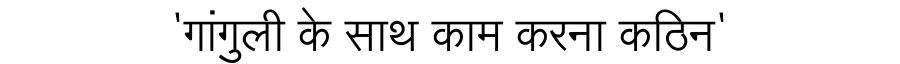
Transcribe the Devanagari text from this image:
'गांगुली के साथ काम करना कठिन'